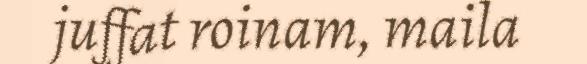
juffat roinam, maila